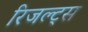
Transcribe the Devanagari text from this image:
रिजल्ट्स